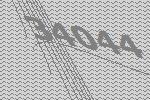
34044